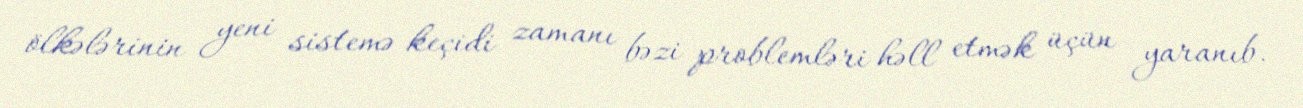
ölkələrinin yeni sistemə keçidi zamanı bəzi problemləri həll etmək üçün yaranıb.